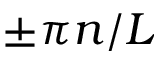
\pm \pi n / L